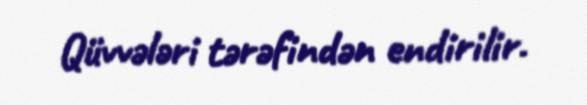
Qüvvələri tərəfindən endirilir.